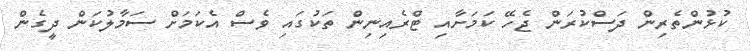
ކުޅުންތެރިން ދަސްކުރަން ޖެހޭ ކަމަށާއި ޓްރެއިނިން ތަކުގައި ވެސް އެކަމަށް ސަމާލުކަން ދީގެން